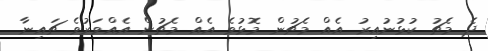
ދެ މެޗު ކުޅުނުއިރު އެއް މެޗުން މޮޅުވެ އެއް މެޗުން އެއްވަރުވެ ޗައިނާ